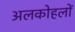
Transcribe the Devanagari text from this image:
अलकोहलों